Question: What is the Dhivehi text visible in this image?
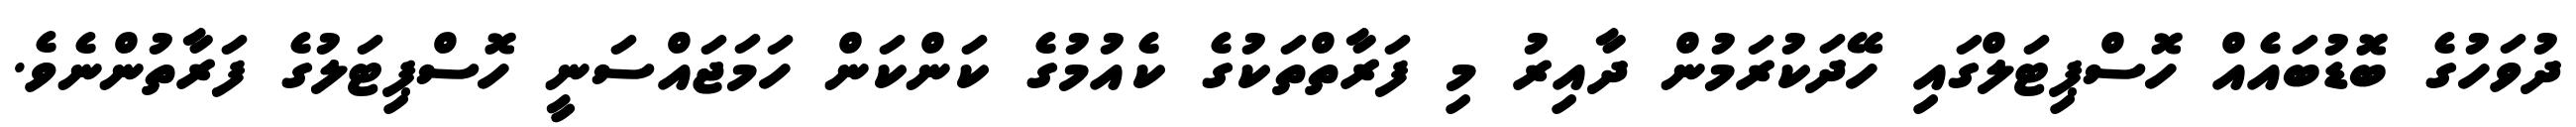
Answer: ދުވަހުގެ ބޮޑުބައެއް ހޮސްޕިޓަލްގައި ހޭދަކުރަމުން ދާއިރު މި ފަރާތްތަކުގެ ކެއުމުގެ ކަންކަން ހަމަޖައްސަނީ ހޮސްޕިޓަލުގެ ފަރާތުންނެވެ.